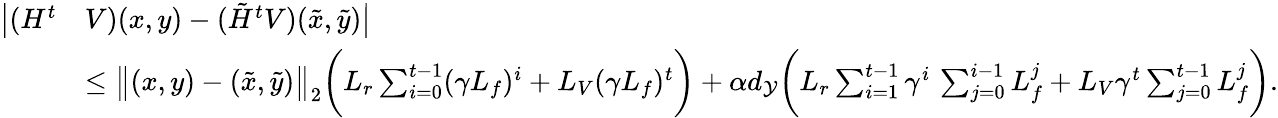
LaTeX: \begin{array}{rl}{\bigl|(H^{t}}&{V)(x,y)-(\tilde{H}^{t}V)(\tilde{x},\tilde{y})\bigr|}\\ &{\leq\bigl\| (x,y)-(\tilde{x},\tilde{y})\bigl\| _{2}\biggl(L_{r}\sum_{i=0}^{t-1}(\gamma L_{f})^{i}+L_{V}(\gamma L_{f})^{t}\biggr)+\alpha d_{\mathcal{Y}}\biggl(L_{r}\sum_{i=1}^{t-1}\gamma^{i}\, \sum_{j=0}^{i-1}L_{f}^{j}+L_{V}\gamma^{t}\sum_{j=0}^{t-1}L_{f}^{j}\biggr).}\end{array}